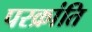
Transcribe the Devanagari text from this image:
परक्रांति